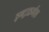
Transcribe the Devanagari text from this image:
इन्ट्राडर्मल